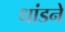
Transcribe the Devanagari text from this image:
धांडने